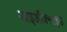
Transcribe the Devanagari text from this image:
डाइऑक्‍साइड